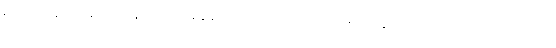
ရက်အပ်သောကြောင့် ၄၊ ပိုလ်အချိန်ရှိသော အဝတ်, သဏှတရသုတ္တဖြင့် ရက်အပ်သောကြောင့် ၃၊